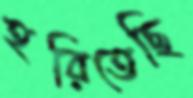
হরিতেছি